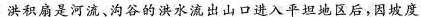
洪积扇是河流、沟谷的洪水流出山口进入平坦地区后，因坡度